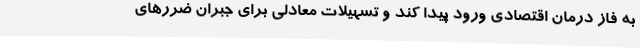
به فاز درمان اقتصادی ورود پیدا کند و تسهیلات معادلی برای جبران ضررهای